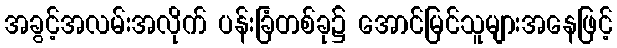
အခွင့်အလမ်းအလိုက် ပန်းခြံတစ်ခု၌ အောင်မြင်သူများအနေဖြင့်